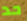
حد